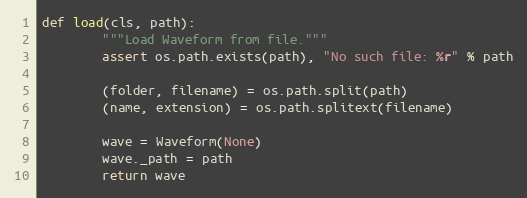
Language: Python
def load(cls, path):
        """Load Waveform from file."""
        assert os.path.exists(path), "No such file: %r" % path

        (folder, filename) = os.path.split(path)
        (name, extension) = os.path.splitext(filename)

        wave = Waveform(None)
        wave._path = path
        return wave